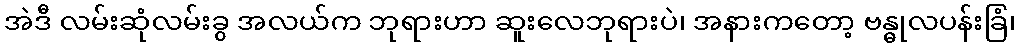
အဲဒီ လမ်းဆုံလမ်းခွ အလယ်က ဘုရားဟာ ဆူးလေဘုရားပဲ၊ အနားကတော့ ဗန္ဓုလပန်းခြံ၊